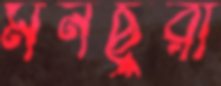
মনছুরা